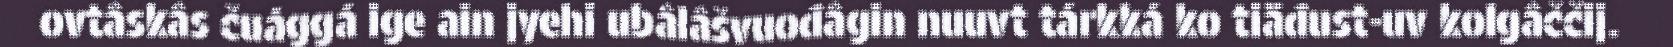
ovtâskâs čuággá ige ain jyehi ubâlâšvuođâgin nuuvt tárkká ko tiäđust-uv kolgâččij.